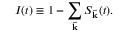
I ( t ) \equiv 1 - \sum _ { \vec { \mathbf { k } } } S _ { \vec { \mathbf { k } } } ( t ) .